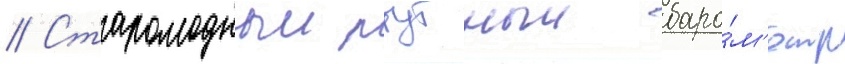
// Старомодныи ртутныи баро́м'етр